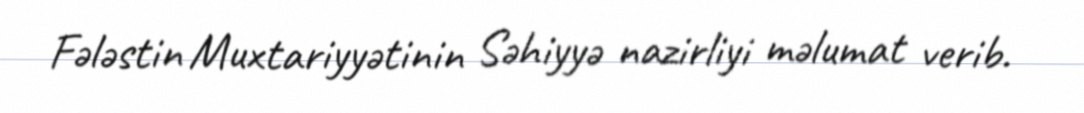
Fələstin Muxtariyyətinin Səhiyyə nazirliyi məlumat verib.